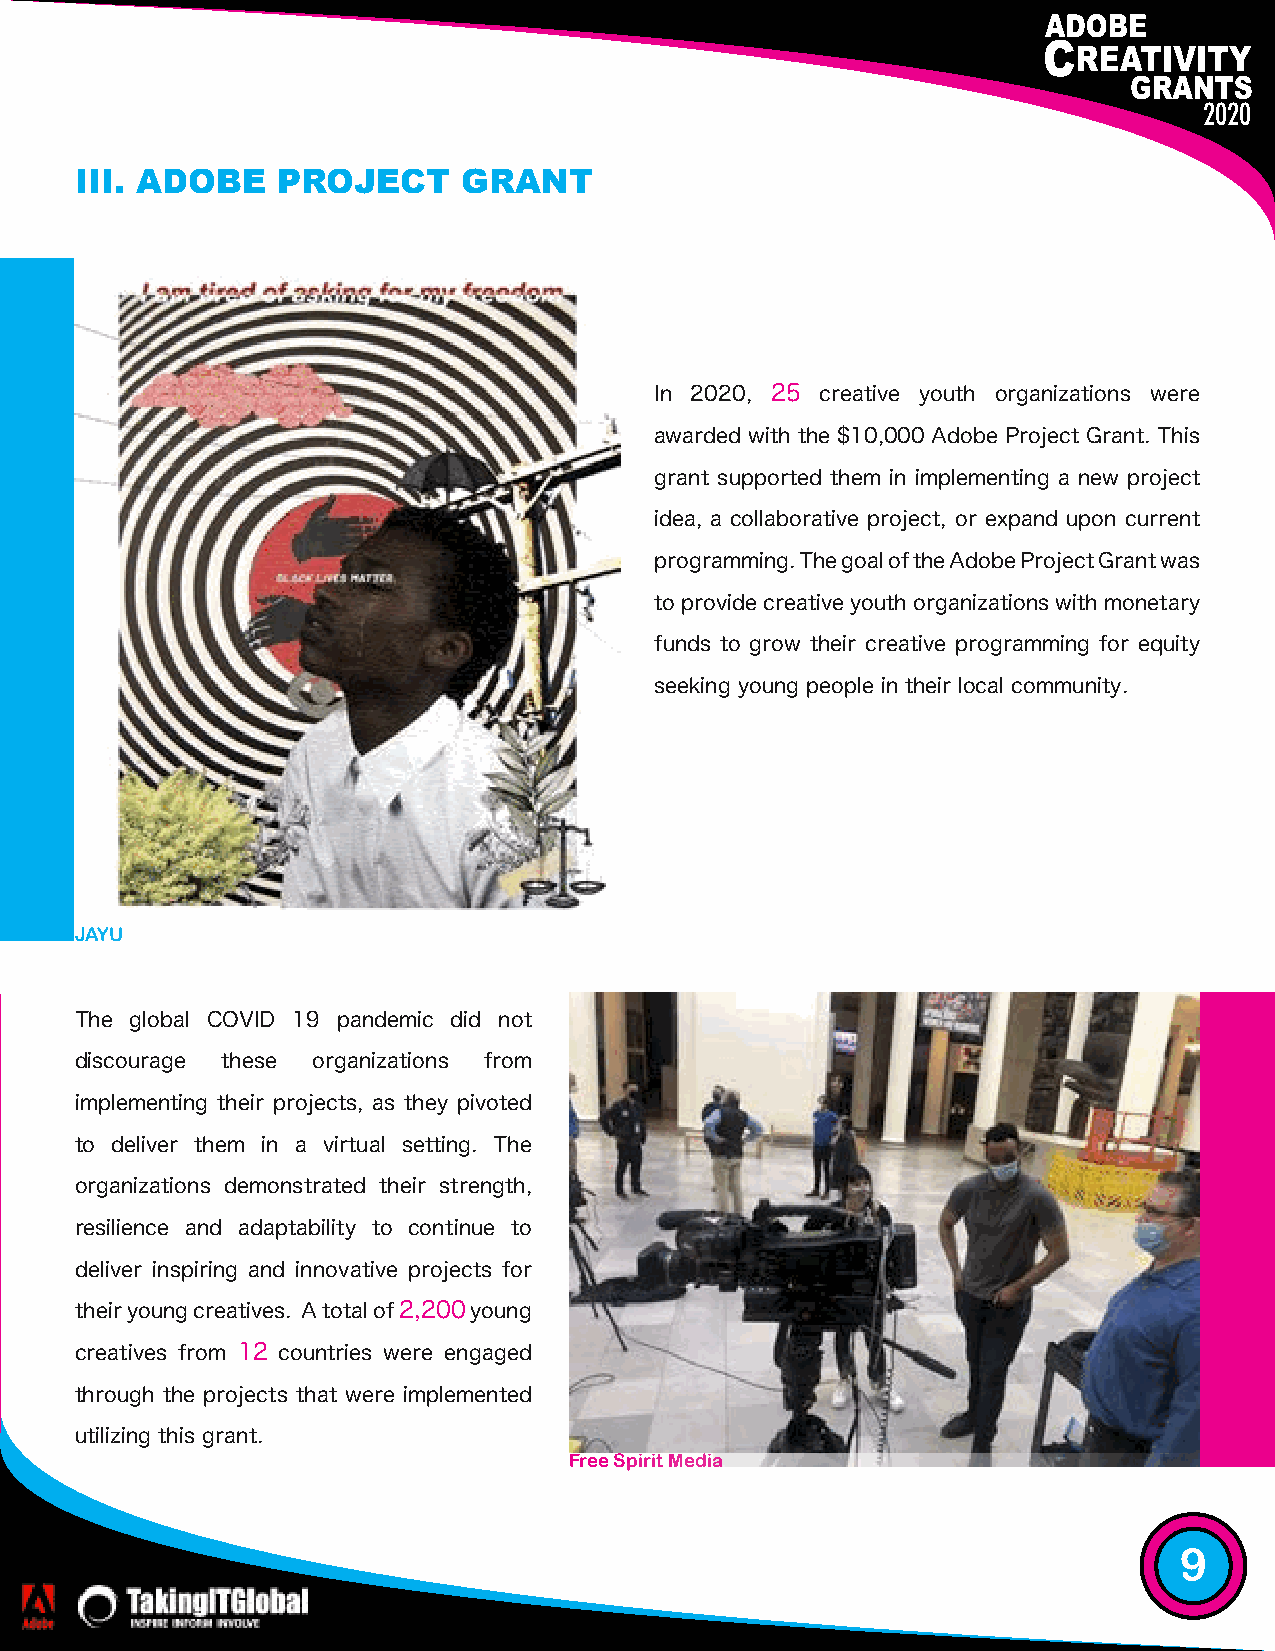
2020                                                                            2020
 III. ADOBE   PROJECT      GRANT
 In 2020, 25 creative youth organizations were
 awarded with the $10,000 Adobe Project Grant. This
 grant supported them in implementing a new project
 idea, a collaborative project, or expand upon current
 programming. The goal of the Adobe Project Grant was
 to provide creative youth organizations with monetary
 funds to grow their creative programming for equity
 seeking young people in their local community.
 JAYU
 The global COVID 19 pandemic did not
 discourage these organizations from
 implementing their projects, as they pivoted
 to deliver them in a virtual setting. The
 organizations demonstrated their strength,
 resilience and adaptability to continue to
 deliver inspiring and innovative projects for
 their young creatives. A total of 2,200 young
 creatives from 12 countries were engaged
 through the projects that were implemented
 utilizing this grant.
 Free Spirit Media
 9